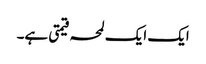
ایک ایک لمحہ قیمتی ہے۔